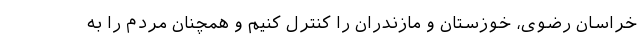
خراسان رضوی، خوزستان و مازندران را کنترل کنیم و همچنان مردم را به